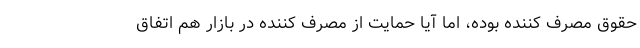
حقوق مصرف کننده بوده، اما آیا حمایت از مصرف کننده در بازار هم اتفاق